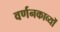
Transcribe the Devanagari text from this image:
वर्णनकाव्यों